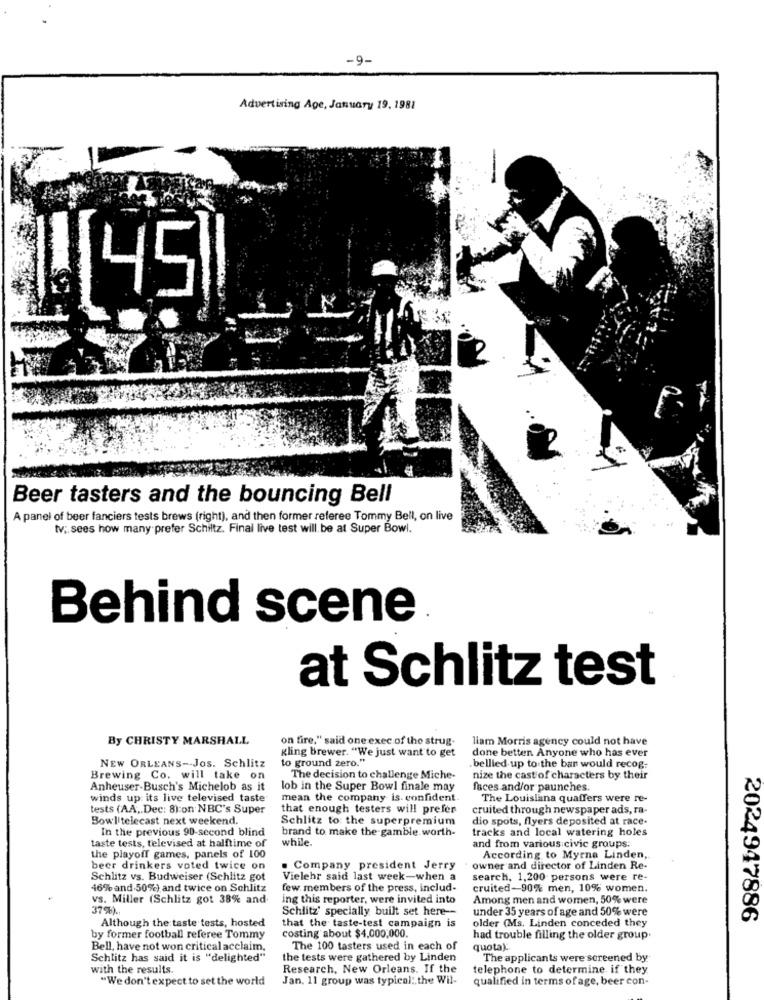
-9.
Advertising Age, January 19, 1981
11[45
Beer tasters and the bouncing Bell
A panel of beer fanciers tests brews (right), and then former referee Tommy Bell, on live
tv; sees how many prefer Schiltz. Final live test will be at Super Bowl.
Behind scene
at Schlitz test
By CHRISTY MARSHALL
on fire," said one exec of the strug.
liam Morris agency could not have
Kling brewer. "We just want to get
done betten Anyone who has ever
NEW ORLEANS- JOS. Schlitz
to ground zero."
bellied up to the bar would recog-
Brewing Co. will take on
The decision to challenge Miche-
nize the cast of characters by their
Anheuser-Busch's Michelob as it
lob in the Super Bowl finale may
faces and/or paunches.
winds up: its live televised taste
mean the company is. confident
The Louislana quaffers were re-
tests (AA .. Dec: 8):on NBC's Super
that enough testers will prefer
cruited through newspaper ads, ra-
Bowl'telecast next weekend.
Schlitz to the superpremium
dio spots, flyers deposited at race-
In the previous 90-second blind
brand to make the gamble worth-
tracks and local watering holes
taste tests, televised at halftime of
while.
and from various civic groups:
the playoff games, panels of 100
According to Myrna Linden,
beer drinkers voted twice on
. Company president Jerry
owner and director of Linden Re-
Schlitz vs. Budweiser (Schlitz got
Vielehr said last week-when a
search, 1,200 persons were re-
46% and.50%) and twice on Schlitz
few members of the press, includ-
cruited-90% men, 10% women.
vs. Miller (Schlitz got 38% and
ing this reporter, were invited into
Among men and women, 50% were
37%) ..
Schlitz' specially built set here --
under 35 years of age and 50% were
Although the taste tests, hosted
older (Ms. Linden conceded they
2024947886
that the taste-test campaign is
costing about $4,000,000.
by former football referee Tommy
had trouble filling the older group
Bell, have not won critical acclaim,
The 100 tasters used in each of
quota):
Schlitz has said it is "delighted"
the tests were gathered by Linden
The applicants were screened by
with the results.
Research, New Orleans. If the
telephone to determine if they
"We don't expect to set the world
Jan. 11 group was typical: the Wil-
qualified in terms of age, beer con-